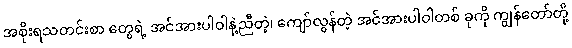
အစိုးရသတင်းစာ တွေရဲ့ အင်အားပါဝါနဲ့ညီတဲ့၊ ကျော်လွန်တဲ့ အင်အားပါဝါတစ် ခုကို ကျွန်တော်တို့